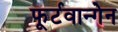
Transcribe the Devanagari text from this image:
फूर्टवान्गेन